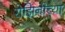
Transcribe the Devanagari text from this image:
रोझिनीच्या